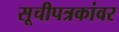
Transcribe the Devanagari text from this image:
सूचीपत्रकांवर